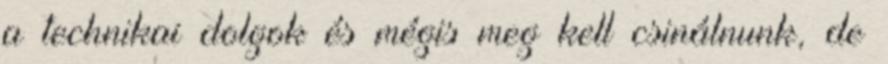
a technikai dolgok és mégis meg kell csinálnunk, de